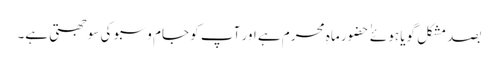
بصد مشکل گویا ہوئے ٰ ٰ حضور ماہِ محرم ہے اور آپ کو جام و سبو کی سوجھتی ہے۔